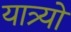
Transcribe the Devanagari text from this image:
यात्र्यों